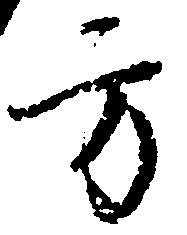
方